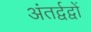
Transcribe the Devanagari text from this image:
अंतर्द्वद्वों